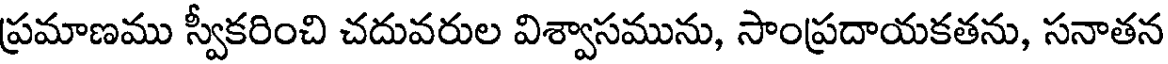
ప్రమాణము స్వీకరించి చదువరుల విశ్వాసమును, సాంప్రదాయకతను, సనాతన